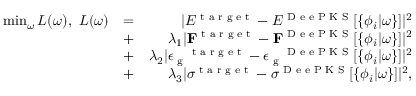
\begin{array} { r l r } { \operatorname* { m i n } _ { \omega } L ( \omega ) , ~ L ( \omega ) } & { = } & { | E ^ { \scriptsize { \textrm { t a r g e t } } } - E ^ { \scriptsize { \textrm { D e e P K S } } } [ \{ \phi _ { i } | \omega \} ] | ^ { 2 } } \\ & { + } & { \lambda _ { 1 } | \mathbf { F } ^ { \scriptsize { \textrm { t a r g e t } } } - \mathbf { F } ^ { \scriptsize { \textrm { D e e P K S } } } [ \{ \phi _ { i } | \omega \} ] | ^ { 2 } } \\ & { + } & { \lambda _ { 2 } | \boldsymbol { \epsilon _ { \textrm { g } } } ^ { \scriptsize { \textrm { t a r g e t } } } - \boldsymbol { \epsilon _ { \textrm { g } } } ^ { \scriptsize { \textrm { D e e P K S } } } [ \{ \phi _ { i } | \omega \} ] | ^ { 2 } } \\ & { + } & { \lambda _ { 3 } | \boldsymbol { \sigma } ^ { \scriptsize { \textrm { t a r g e t } } } - \boldsymbol { \sigma } ^ { \scriptsize { \textrm { D e e P K S } } } [ \{ \phi _ { i } | \omega \} ] | ^ { 2 } , } \end{array}